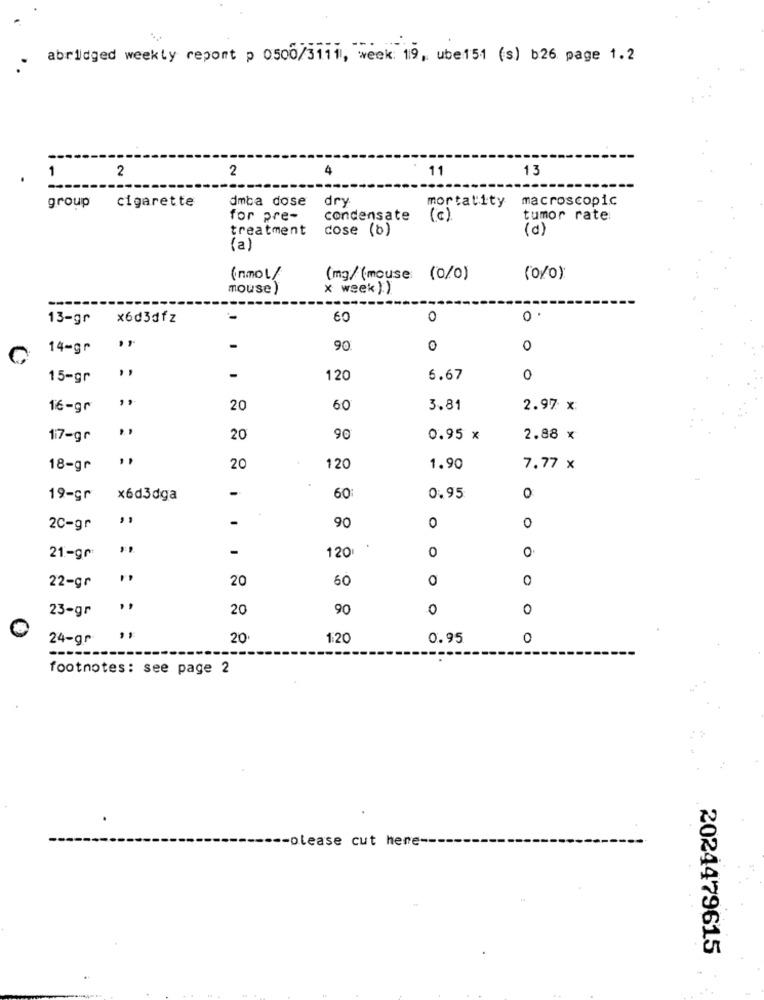
:
abridged weekly report p 0500/3111, week: 19, ube151 (s) b26 page 1.2
1
2
4
11
13
2
dmba dose
dry
macroscopic
group
cigarette
mortality
for pre-
condensate
(c)
tumor rate:
treatment
cose (b)
(d)
(a)
(inmol/
(mg/(mouse (0/0)
(0%0)
mouse
x week ))
13-gr
x6d3dfz
60
0
0
14-gr
,,
90
0
0
C
15-gr
-
120
6.67
0
16-gr
20
60
3.81
2.97 x:
17-gr
20
90
0.95 x
2.88 x
18-gr
20
120
1.90
7.77 x
-
60
19-gr
x6d3dga
0.95
0
,
-
2C-gr
90
0
0
-
0
0
21-gr
120
20
60
0
0
22-gr
23-gr
20
90
0
0
24-gr
20
1:20
0.95
0
footnotes: see page 2
-please cut hene ---
2024479615